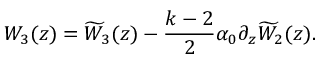
{ { \cal W } _ { 3 } ( z ) } = { \widetilde { \cal W } _ { 3 } ( z ) } - \frac { k - 2 } { 2 } \alpha _ { 0 } \partial _ { z } { \widetilde { \cal W } _ { 2 } ( z ) } .